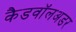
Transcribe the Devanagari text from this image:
कैडवॉलअडर